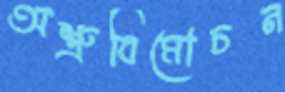
অশ্রুবিমোচন